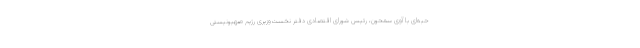
حبه‌ای با آوی سمحون، رئیس شورای اقتصادی دفتر نخست‌وزیری رژیم صهیونیستی